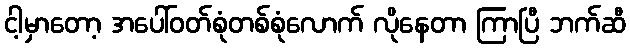
ငါ့မှာတော့ အပေါ်ဝတ်စုံတစ်စုံလောက် လိုနေတာ ကြာပြီ ဘက်ဆီ